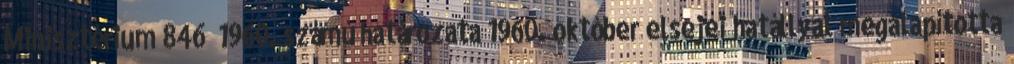
Minisztérium 846 1960. számú határozata 1960. október elsejei hatállyal megalapította